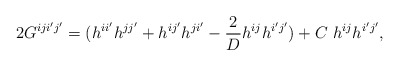
\begin{align*}2G^{iji'j'}=(h^{ii'}h^{jj'}+h^{ij'}h^{ji'}-\frac{2}{D}h^{ij}h^{i'j'})+C~h^{ij}h^{i'j'},\end{align*}